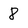
Character: 8